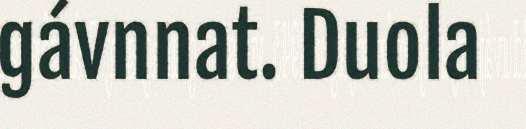
gávnnat. Duola